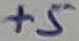
Text: +5